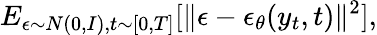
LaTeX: E_{\epsilon\sim N(0,I),t\sim[0,T]}[\| \epsilon-\epsilon_{\theta}(y_{t},t)\| ^{2}],